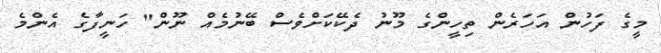
މީގެ ފަހުން އަހަރެން ތިހީންގެ މޫނު ދެކޭކަށްވެސް ބޭނުމެއް ނޫން" ހަނީފާގެ އެންމެ